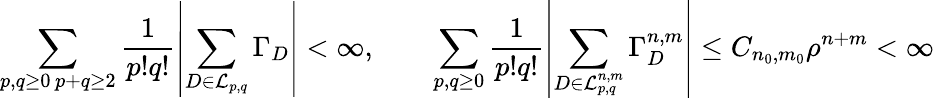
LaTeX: \sum_{\substack{p,q\geq 0\, p+q\geq 2}}\frac{1}{p!q!}\left\vert\sum_{D\in\mathcal{L}_{p,q}}\Gamma_{D}\right\vert<\infty,\qquad\sum_{p,q\geq 0}\frac{1}{p!q!}\left\vert\sum_{D\in\mathcal{L}_{p,q}^{n,m}}\Gamma_{D}^{n,m}\right\vert\leq C_{n_{0},m_{0}}\rho^{n+m}<\infty